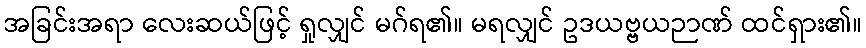
အခြင်းအရာ လေးဆယ်ဖြင့် ရှုလျှင် မဂ်ရ၏။ မရလျှင် ဥဒယဗ္ဗယဉာဏ် ထင်ရှား၏။